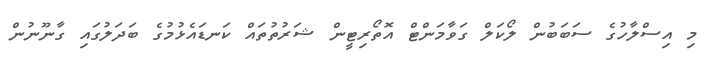
މި އިސްލާހުގެ ސަބަބުން ލޯކަލް ގަވާމަންޓް އޮތޯރިޓީން ޝަރުތުތައް ކަނޑައެޅުމުގެ ބަދަލުގައި ގާނޫނުން